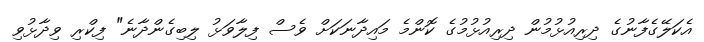
އެކަލޭގެފާނުގެ ދިރިއުޅުމުން ދިރިއުޅުމުގެ ކޮންމެ މައިދާނަކަށް ވެސް ފިލާވަޅު ލިބިގެންދާނެ" ފިކްރި ވިދާޅުވި